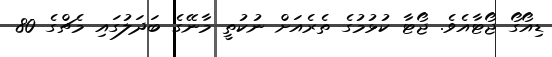
ޑިއޯގޯ ޖޯޓާއެވެ. ޖޯޓާ ކުޅުމުގެ ތެރެއަށް ނުކުތީ މާނޭގެ ބަދަލުގައި މެޗްގެ 80